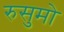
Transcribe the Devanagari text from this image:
रुसुमो